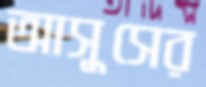
আসুসের